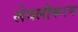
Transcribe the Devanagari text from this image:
लेबलीकरण